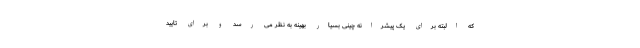
که البته برای یک پیشرانه چینی بسیار بهینه به نظر می رسد و برای تایید